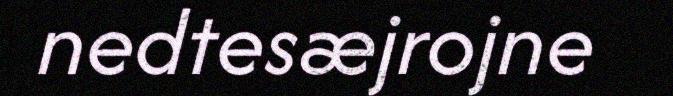
nedtesæjrojne